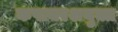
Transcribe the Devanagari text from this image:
कषायरशयुक्त